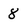
Character: 8